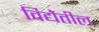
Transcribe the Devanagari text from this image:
विद्येतील